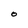
Character: O